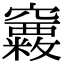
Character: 𥩂